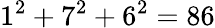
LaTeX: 1^{2}+7^{2}+6^{2}=86